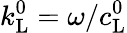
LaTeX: k_{\mathrm{L}}^{0}=\omega/c_{\mathrm{L}}^{0}